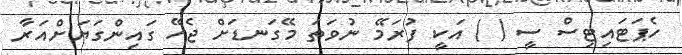
ހެޕަޓައިޓިސް ސީ ( ) އަކީ ފުރަމޭ ނުވަތަ މޭގަނޑަށް ޖެހޭ ގައިންގަޔަށްއަރާ